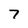
Character: 7